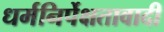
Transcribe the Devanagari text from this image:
धर्मनिर्पेक्षतावादी